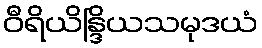
ဝီရိယိန္ဒြိယသမုဒယံ